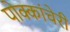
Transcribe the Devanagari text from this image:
पोक्कांचेरी